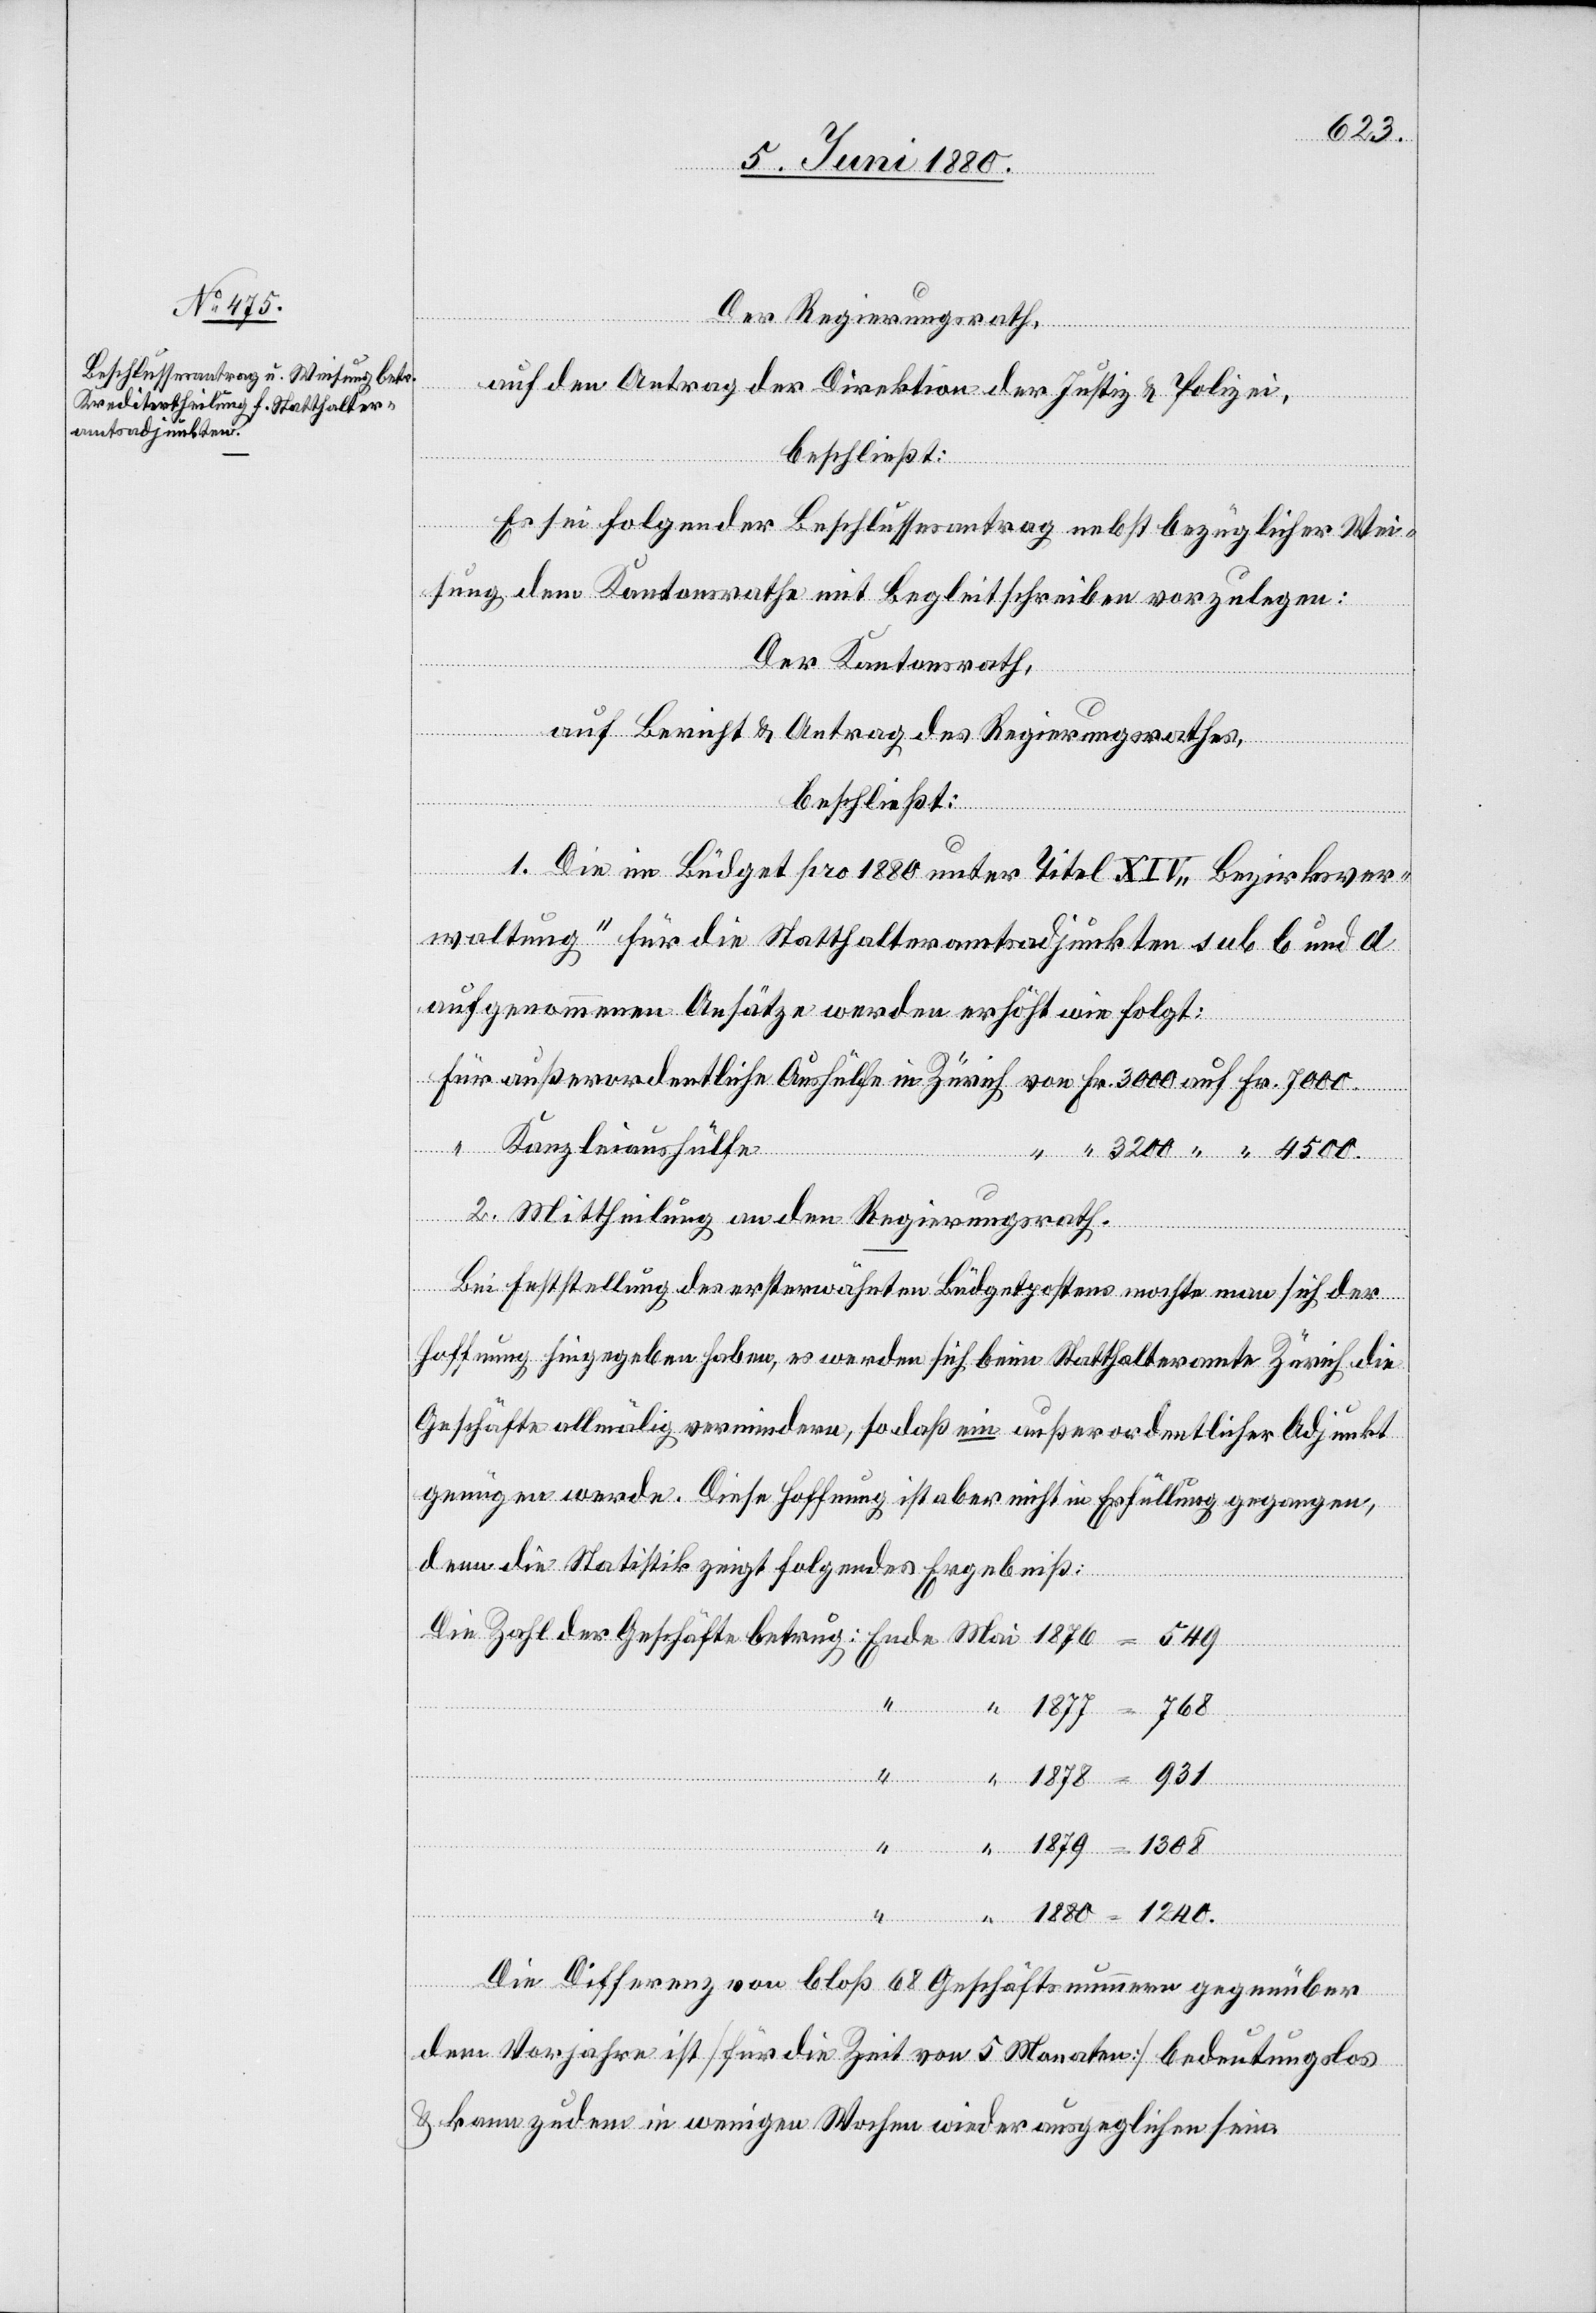
Der Regierungsrath,
auf den Antrag der Direktion der Justiz & Polizei,
beschließt:
Es sei folgender Beschlussesantrag nebst bezüglicher Wei¬
sung dem Kantonsrathe mit Begleitschreiben vorzulegen:
Der Kantonsrath,
der
auf Bericht & Antrag des Regierungsrathes,
beschließt:
1. Die im Büdget pro 1880 unter Titel XIV „Bezirksver¬
waltung“ für die Statthalteramtsadjunkten sub b und d
aufgenommenen Ansätze werden erhöht wie folgt:
Kanzleiausfälle
Mai
2. Mittheilung an den Regierungsrath.
Bei Feststellung der ersterwähnten Büdgetposten mochte man sich der
Hoffnung hingegeben haben, es werden sich beim Statthalteramte Zürich die
genügen werde. Diese Hoffnung ist aber nicht in Erfüllung gegangen,
denn die Statistik zeigt folgendes Ergebniß:
“
Ende
“
in¬
1880
1240
Die Differenz von bloß 68 Geschäftsnummern gegenüber
dem Vorjahre ist [für die Zeit von 5 Monaten] bedeutungslos
& kann zudem in wenigen Wochen wieder ausgeglichen sein.